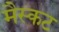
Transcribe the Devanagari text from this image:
मैस्कट